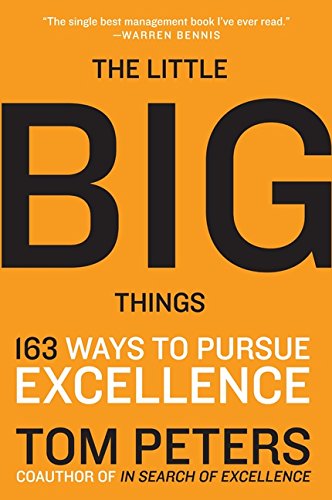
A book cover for The Little Big Things: 163 Ways to Pursue EXCELLENCE; Thomas J. Peters; Business & Money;